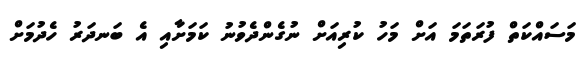
މަސައްކަތް ފުރަތަމަ އަށް މަހު ކުރިއަށް ނުގެންދެވުނު ކަމަށާއި އެ ބަނދަރު ހެދުމަށް